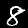
Label: 8